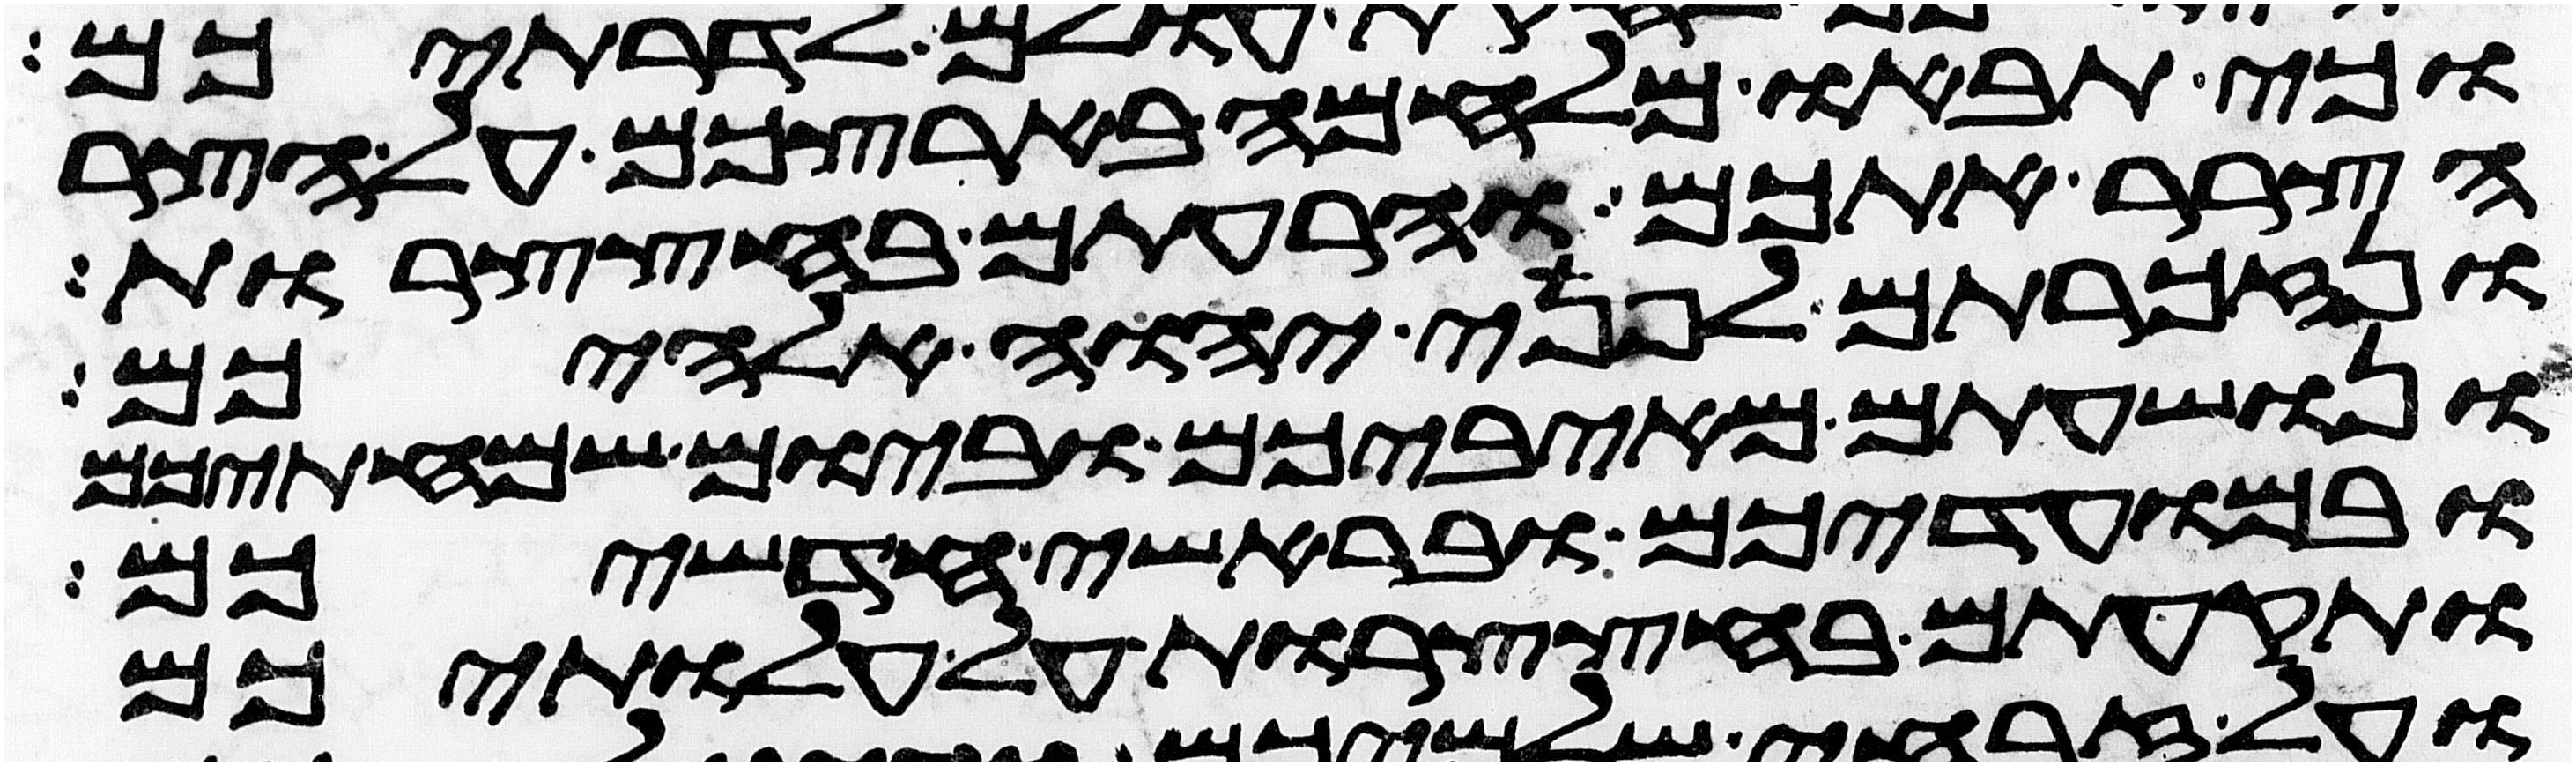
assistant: וכי תבאו מלחמה בארצכם על הצר
הצרר אתכם והרעתם בחצצרות
ונזכרתם לפני יהוה אלהיכם
ונושעתם מאיביכם וביום שמחתיכם
ובמועדיכם ובראשי חדשיכם
ותקעתם בחצצרות על עלתיכם